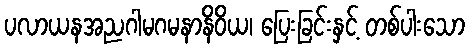
ပလာယနအညဂါမဂမနာနိဝိယ၊ ပြေးခြင်းနှင့် တစ်ပါးသော